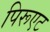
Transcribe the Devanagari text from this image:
पिरूएट